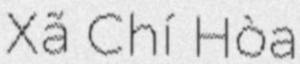
Xã Chí Hòa